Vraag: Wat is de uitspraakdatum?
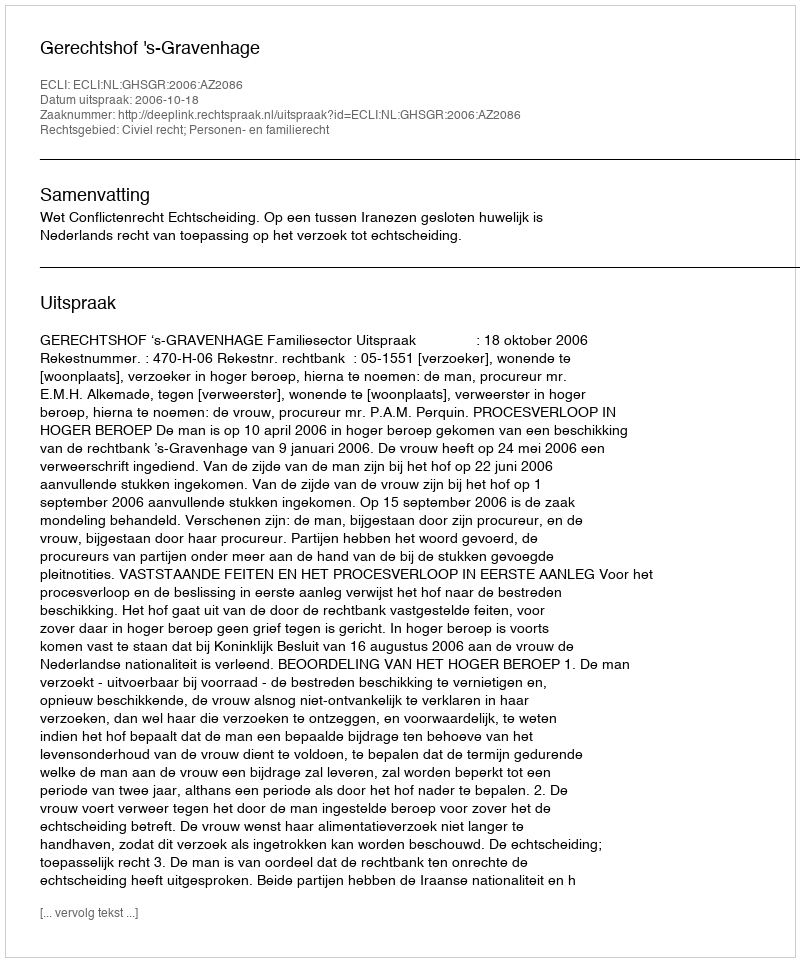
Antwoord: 2006-10-18